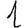
Digit: 1